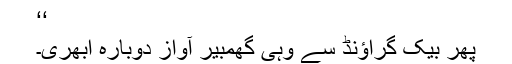
‘‘
پھر بیک گراؤنڈ سے وہی گھمبیر آواز دوبارہ ابھری۔